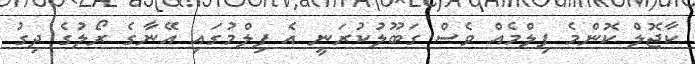
ކާޖޮލް ކޮންމެ ފިލްމެއް ވެސް ގަބޫލުކުރަނީ އެ ފިލްމުގައި އޭނާގެ ރޯލުގެ ދިގު